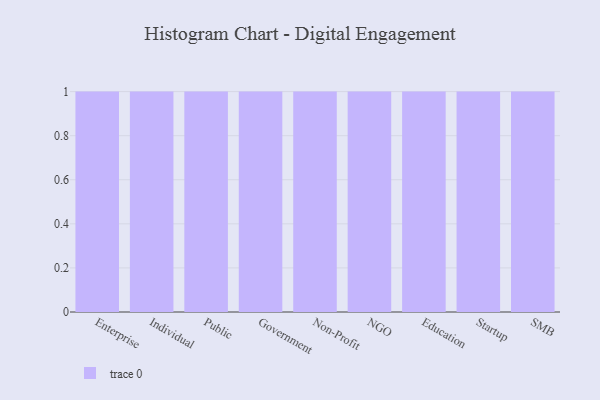
{"axis": {"x": "Segment", "y": "Tickets Resolved"}, "legend": [""], "data": [{"x": "Enterprise", "y": 23, "type": ""}, {"x": "Individual", "y": 36, "type": ""}, {"x": "Public", "y": 35, "type": ""}, {"x": "Government", "y": 5, "type": ""}, {"x": "Non-Profit", "y": 88, "type": ""}, {"x": "NGO", "y": 79, "type": ""}, {"x": "Education", "y": 53, "type": ""}, {"x": "Startup", "y": 18, "type": ""}, {"x": "SMB", "y": 13, "type": ""}]}